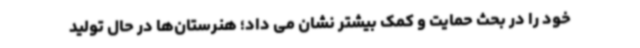
خود را در بحث حمایت و کمک بیشتر نشان می داد؛ هنرستان‌ها در حال تولید